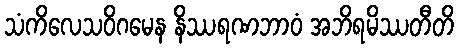
သံကိလေသဝိဂမေန နိဿရဏဘာဝံ အဘိရမိဿတီတိ